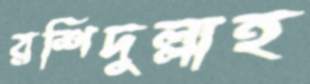
রশিদুল্লাহ